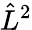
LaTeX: {\hat{L}}^{2}